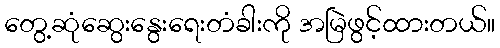
တွေ့ဆုံဆွေးနွေးရေးတံခါးကို အမြဲဖွင့်ထားတယ်။